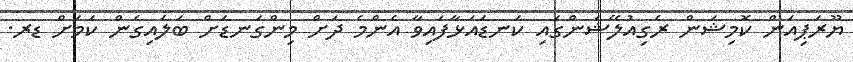
ޔޫރަޕިއަން ކޮމިޝަން ރެގިއުލޭޝަންގައި ކަނޑައަޅާފައިވާ އެންމެ ދަށް މިންގަނޑަށް ބަލައިގެން ކަމަށް ޑރ.